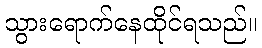
သွားရောက်နေထိုင်ရသည်။